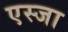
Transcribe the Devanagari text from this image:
एस्जा